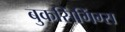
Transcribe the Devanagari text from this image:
बुकसिंगिंग्स